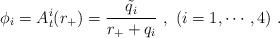
LaTeX: \begin{align*}\phi_i=A^i_t(r_+)={{\tilde q_i}\over {r_+ +q_i}} \ , \ (i=1,\cdots, 4)\ . \end{align*}